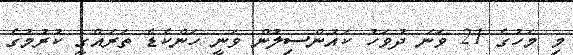
މި މަހުގެ 21 ވަނަ ދުވަހު ކައުންސިލުން ވަނީ ހަންކެޑެ ތަރައްގީ ކުރުމުގެ